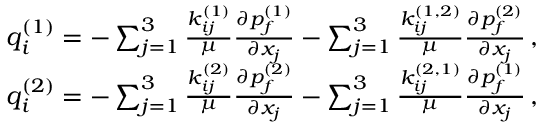
\begin{array} { r } { q _ { i } ^ { ( 1 ) } = - \sum _ { j = 1 } ^ { 3 } \frac { k _ { i j } ^ { ( 1 ) } } { \mu } \frac { \partial { p _ { f } ^ { ( 1 ) } } } { \partial { x _ { j } } } - \sum _ { j = 1 } ^ { 3 } \frac { k _ { i j } ^ { ( 1 , 2 ) } } { \mu } \frac { \partial { p _ { f } ^ { ( 2 ) } } } { \partial { x _ { j } } } \, , } \\ { q _ { i } ^ { ( 2 ) } = - \sum _ { j = 1 } ^ { 3 } \frac { k _ { i j } ^ { ( 2 ) } } { \mu } \frac { \partial { p _ { f } ^ { ( 2 ) } } } { \partial { x _ { j } } } - \sum _ { j = 1 } ^ { 3 } \frac { k _ { i j } ^ { ( 2 , 1 ) } } { \mu } \frac { \partial { p _ { f } ^ { ( 1 ) } } } { \partial { x _ { j } } } \, , } \end{array}